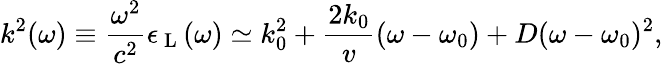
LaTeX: k^{2}(\omega)\equiv\frac{\omega^{2}}{c^{2}}\epsilon_{\mathrm{~L~}}(\omega)\simeq k_{0}^{2}+\frac{2k_{0}}{v}(\omega-\omega_{0})+D(\omega-\omega_{0})^{2},